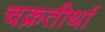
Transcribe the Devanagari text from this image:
चक्रतीर्था